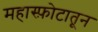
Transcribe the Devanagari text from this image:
महास्फ़ोटातून